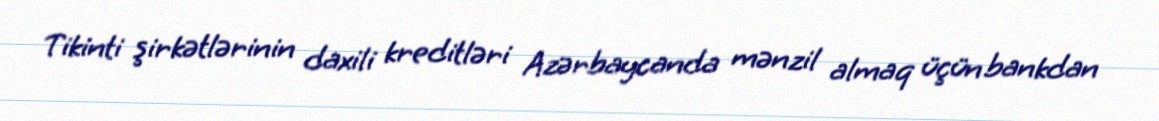
Tikinti şirkətlərinin daxili kreditləri Azərbaycanda mənzil almaq üçün bankdan